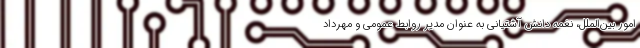
امور بین‌الملل، نغمه دانش آشتیانی به عنوان مدیر روابط عمومی و مهرداد